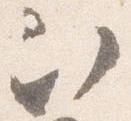
次